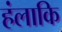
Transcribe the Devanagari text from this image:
हंलाकि